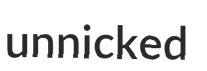
unnicked